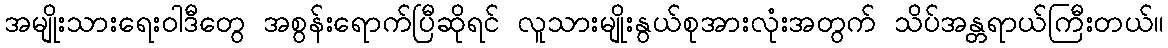
အမျိုးသားရေးဝါဒီတွေ အစွန်းရောက်ပြီဆိုရင် လူသားမျိုးနွယ်စုအားလုံးအတွက် သိပ်အန္တရာယ်ကြီးတယ်။